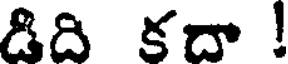
డిది కదా !